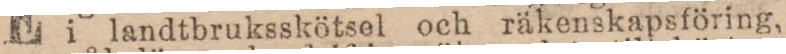
i landtbruksskötsel och räkenskapsföring,